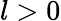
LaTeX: l>0